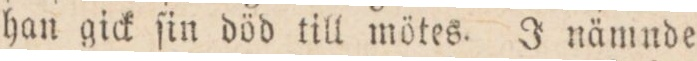
han gick ſin död till mötes. J nämnde